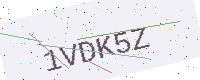
Text: 1VDK5Z